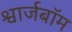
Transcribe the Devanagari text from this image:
श्वार्जबॉम